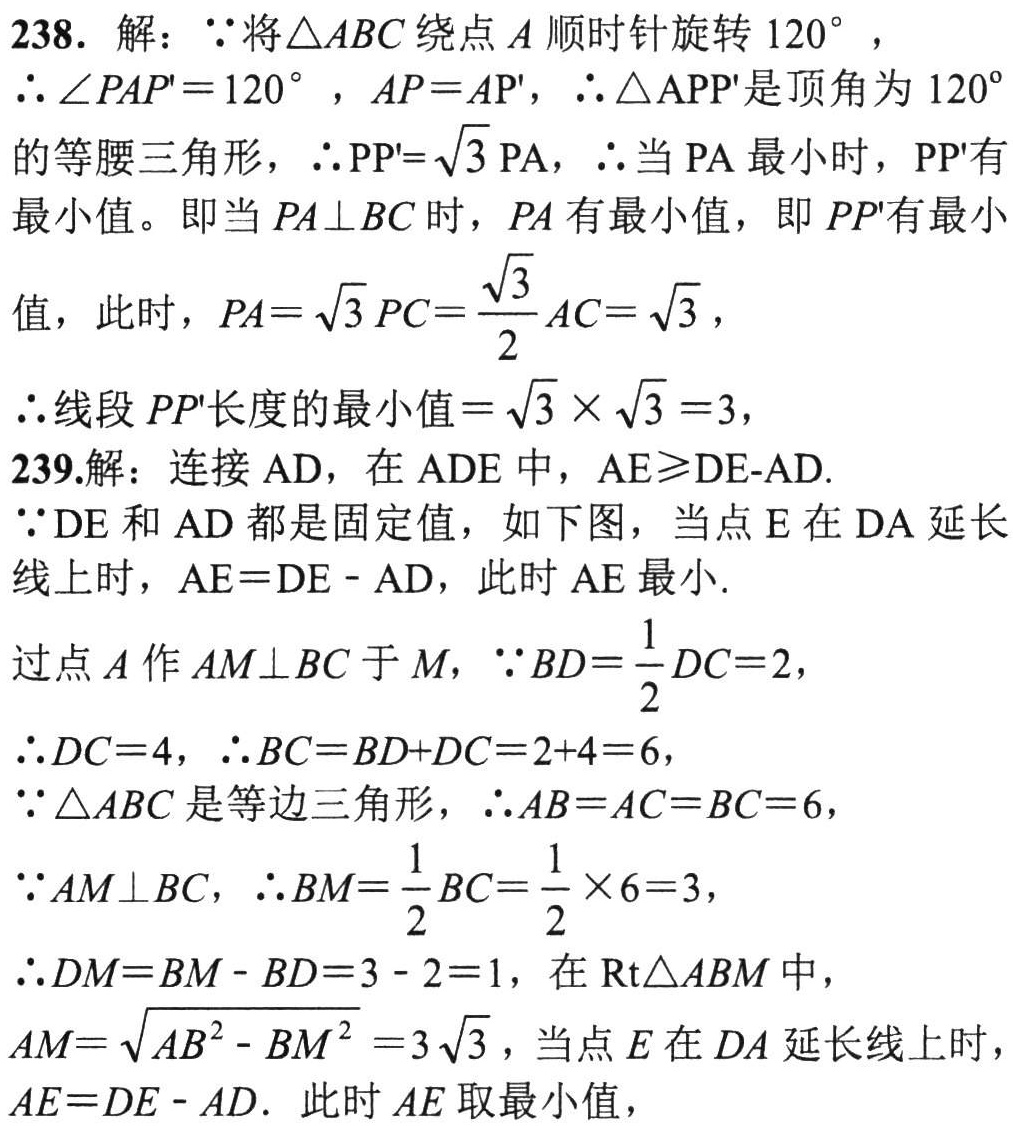
238. 解：\(\because\)将\(\triangle ABC\)绕点\(A\)顺时针旋转\(120^{\circ}\)，
\(\therefore\angle PAP' = 120^{\circ}\)，\(AP = AP'\)，\(\therefore\triangle APP'\)是顶角为\(120^{\circ}\)的等腰三角形，\(\therefore PP'=\sqrt{3}PA\)，\(\therefore\)当\(PA\)最小时，\(PP'\)有最小值。即当\(PA\perp BC\)时，\(PA\)有最小值，即\(PP'\)有最小值，此时，\(PA = \sqrt{3}PC=\frac{\sqrt{3}}{2}AC=\sqrt{3}\)，
\(\therefore\)线段\(PP'\)长度的最小值\(=\sqrt{3}\times\sqrt{3}=3\)，
239.解：连接\(AD\)，在\(\triangle ADE\)中，\(AE\geqslant DE - AD\).
\(\because DE\)和\(AD\)都是固定值，如下图，当点\(E\)在\(DA\)延长线上时，\(AE = DE - AD\)，此时\(AE\)最小.
过点\(A\)作\(AM\perp BC\)于\(M\)，\(\because BD=\frac{1}{2}DC = 2\)，
\(\therefore DC = 4\)，\(\therefore BC = BD + DC=2 + 4 = 6\)，
\(\because\triangle ABC\)是等边三角形，\(\therefore AB = AC = BC = 6\)，
\(\because AM\perp BC\)，\(\therefore BM=\frac{1}{2}BC=\frac{1}{2}\times6 = 3\)，
\(\therefore DM = BM - BD=3 - 2 = 1\)，在\(\text{Rt}\triangle ABM\)中，
\(AM=\sqrt{AB^{2}-BM^{2}} = 3\sqrt{3}\)，当点\(E\)在\(DA\)延长线上时，\(AE = DE - AD\). 此时\(AE\)取最小值，